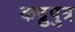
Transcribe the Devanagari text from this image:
कद्रुपुत्र